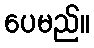
ပေမည်။